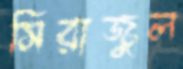
সিরাজুল